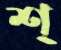
শ্